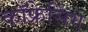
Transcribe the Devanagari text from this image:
काँफ्रेसिंग